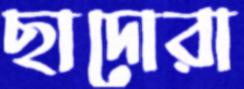
ছাদোরা